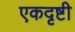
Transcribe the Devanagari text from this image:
एकदृष्टी